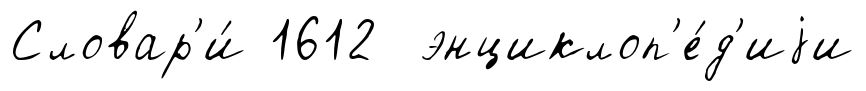
Словар'и́ 1612 энциклоп'е́д'иjи